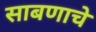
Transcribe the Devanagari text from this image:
साबणाचे